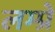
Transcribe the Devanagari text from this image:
लम्प्रे